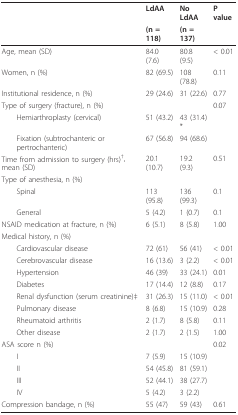
<table><thead><tr><td></td><td><b>LdAA</b></td><td><b>No LdAA</b></td><td><b>P value</b></td></tr><tr><td></td><td><b>(n = 118)</b></td><td><b>(n = 137)</b></td><td></td></tr></thead><tbody><tr><td>Age, mean (SD)</td><td>84.0 (7.6)</td><td>80.8 (9.5)</td><td>&lt; 0.01</td></tr><tr><td>Women, n (%)</td><td>82 (69.5)</td><td>108 (78.8)</td><td>0.11</td></tr><tr><td>Institutional residence, n (%)</td><td>29 (24.6)</td><td>31 (22.6)</td><td>0.77</td></tr><tr><td>Type of surgery (fracture), n (%)</td><td></td><td></td><td>0.07</td></tr><tr><td> Hemiarthroplasty (cervical)</td><td>51 (43.2)</td><td>43 (31.4)*</td><td></td></tr><tr><td> Fixation (subtrochanteric or pertrochanteric)</td><td>67 (56.8)</td><td>94 (68.6)</td><td></td></tr><tr><td>Time from admission to surgery (hrs)<sup>†</sup>, mean (SD)</td><td>20.1 (10.7)</td><td>19.2 (9.3)</td><td>0.51</td></tr><tr><td>Type of anesthesia, n (%)</td><td></td><td></td><td></td></tr><tr><td> Spinal</td><td>113 (95.8)</td><td>136 (99.3)</td><td>0.1</td></tr><tr><td> General</td><td>5 (4.2)</td><td>1 (0.7)</td><td>0.1</td></tr><tr><td>NSAID medication at fracture, n (%)</td><td>6 (5.1)</td><td>8 (5.8)</td><td>1.00</td></tr><tr><td>Medical history, n (%)</td><td></td><td></td><td></td></tr><tr><td> Cardiovascular disease</td><td>72 (61)</td><td>56 (41)</td><td>&lt; 0.01</td></tr><tr><td> Cerebrovascular disease</td><td>16 (13.6)</td><td>3 (2.2)</td><td>&lt; 0.01</td></tr><tr><td> Hypertension</td><td>46 (39)</td><td>33 (24.1)</td><td>0.01</td></tr><tr><td> Diabetes</td><td>17 (14.4)</td><td>12 (8.8)</td><td>0.17</td></tr><tr><td> Renal dysfunction (serum creatinine)‡</td><td>31 (26.3)</td><td>15 (11.0)</td><td>&lt; 0.01</td></tr><tr><td> Pulmonary disease</td><td>8 (6.8)</td><td>15 (10.9)</td><td>0.28</td></tr><tr><td> Rheumatoid arthritis</td><td>2 (1.7)</td><td>8 (5.8)</td><td>0.11</td></tr><tr><td> Other disease</td><td>2 (1.7)</td><td>2 (1.5)</td><td>1.00</td></tr><tr><td>ASA score n (%)</td><td></td><td></td><td>0.02</td></tr><tr><td> I</td><td>7 (5.9)</td><td>15 (10.9)</td><td></td></tr><tr><td> II</td><td>54 (45.8)</td><td>81 (59.1)</td><td></td></tr><tr><td> III</td><td>52 (44.1)</td><td>38 (27.7)</td><td></td></tr><tr><td> IV</td><td>5 (4.2)</td><td>3 (2.2)</td><td></td></tr><tr><td>Compression bandage, n (%)</td><td>55 (47)</td><td>59 (43)</td><td>0.61</td></tr></tbody></table>